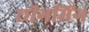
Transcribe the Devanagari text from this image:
छोंगमिंग